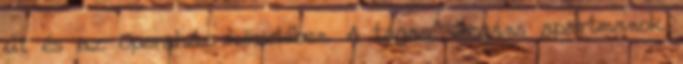
út és az Operaház közelében. A tágas, elegáns apartmanok